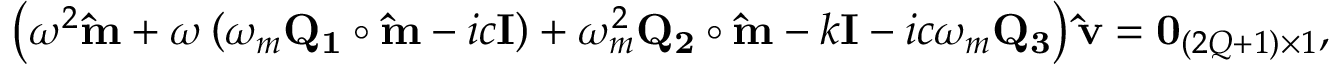
\left( \omega ^ { 2 } \mathbf { \hat { m } } + \omega \left( \omega _ { m } \mathbf { Q _ { 1 } } \circ \mathbf { \hat { m } } - i c \mathbf { I } \right) + \omega _ { m } ^ { 2 } \mathbf { Q _ { 2 } } \circ \mathbf { \hat { m } } - k \mathbf { I } - i c \omega _ { m } \mathbf { Q _ { 3 } } \right) \mathbf { \hat { v } } = \mathbf { 0 } _ { ( 2 Q + 1 ) \times 1 } ,